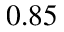
0 . 8 5